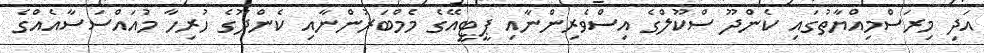
އަދި މިރަސްމިއްޔާތުގައި ކެންދޫ ސްކޫލްގެ އިސްވެރިންނާއި ޕީޓީއޭގެ މެމްބަރުންނާއި ކެންދޫގެ ހުރިހާ މުއައްސަސާއެއްގެ